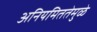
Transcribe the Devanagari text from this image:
अनियमिततेमुळे